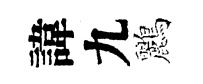
諱九鸝